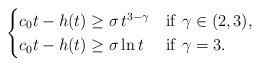
LaTeX: \begin{align*}\begin{cases}c_0t-h(t)\geq \sigma\,t^{3-{\gamma}}& {\rm if}\ {\gamma}\in (2,3),\\c_0t-h(t)\geq \sigma\ln t &{\rm if}\ {\gamma}=3.\end{cases}\end{align*}